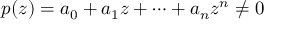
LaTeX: p ( z ) = a _ { 0 } + a _ { 1 } z + \cdots + a _ { n } z ^ { n } \neq 0